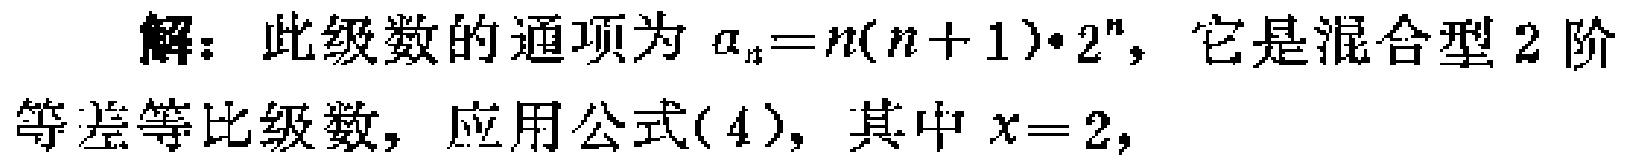
解：此级数的通项为\(a_{n}=n(n + 1)\cdot2^{n}\)，它是混合型2阶
等差等比级数，应用公式\((4)\)，其中\(x = 2\)，